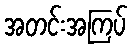
အတင်းအကြပ်